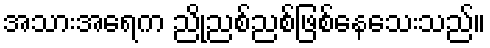
အသားအရေက ညိုညစ်ညစ်ဖြစ်နေသေးသည်။